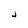
Character: j